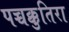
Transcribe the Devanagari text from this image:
पच्चक्कुतिरा